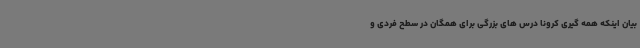
بیان اینکه همه گیری کرونا درس های بزرگی برای همگان در سطح فردی و